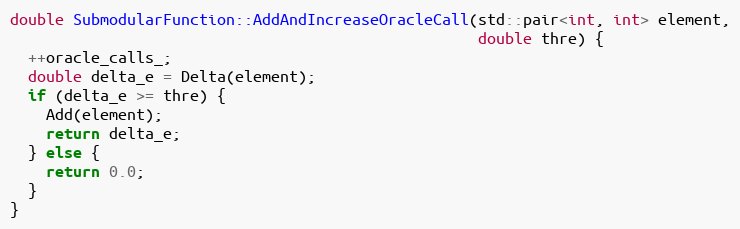
Language: C++
double SubmodularFunction::AddAndIncreaseOracleCall(std::pair<int, int> element,
                                                    double thre) {
  ++oracle_calls_;
  double delta_e = Delta(element);
  if (delta_e >= thre) {
    Add(element);
    return delta_e;
  } else {
    return 0.0;
  }
}